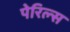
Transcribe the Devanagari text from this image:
पेरिल्स